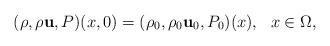
LaTeX: \begin{align*}(\rho,\rho\mathbf{u},P)(x,0)=(\rho_0,\rho_0\mathbf{u}_0,P_0)(x),\ \ x\in\Omega,\end{align*}